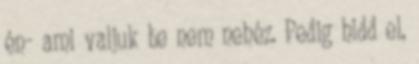
én- ami valjuk be nem nehéz. Pedig hidd el,